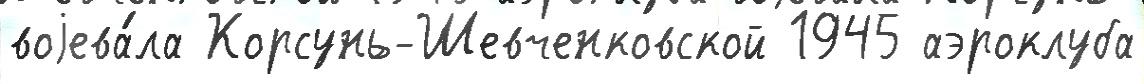
воjева́ла Корсунь-Шевченковской 1945 аэроклуба